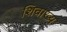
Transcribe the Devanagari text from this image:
शिवाख्य